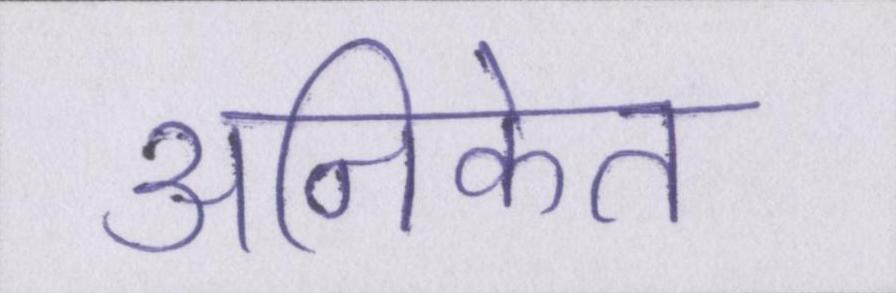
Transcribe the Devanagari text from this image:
अनिकेत